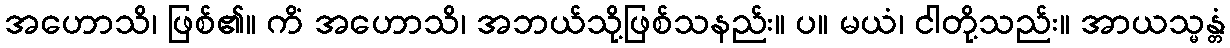
အဟောသိ၊ ဖြစ်၏။ ကိံ အဟောသိ၊ အဘယ်သို့ဖြစ်သနည်း။ ပ။ မယံ၊ ငါတို့သည်း။ အာယသ္မန္တံ